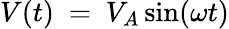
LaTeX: V(t)~=~V_{A}\sin(\omega t)